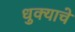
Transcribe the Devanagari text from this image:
धुक्याचे